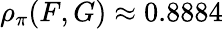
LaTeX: \rho_{\pi}(F,G)\approx 0.8884